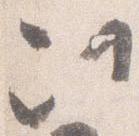
次